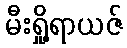
မီးရှို့ရာယဇ်